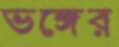
ভঙ্গের